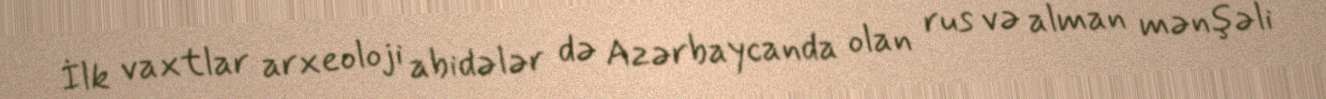
İlk vaxtlar arxeoloji abidələr də Azərbaycanda olan rus və alman mənşəli